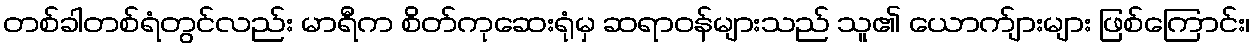
တစ်ခါတစ်ရံတွင်လည်း မာရီက စိတ်ကုဆေးရုံမှ ဆရာဝန်များသည် သူ၏ ယောက်ျားများ ဖြစ်ကြောင်း၊